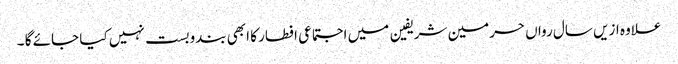
علاوہ ازیں سال رواں حرمین شریفین میں اجتماعی افطار کا ابھی بندوبست نہیں کیا جائے گا ۔